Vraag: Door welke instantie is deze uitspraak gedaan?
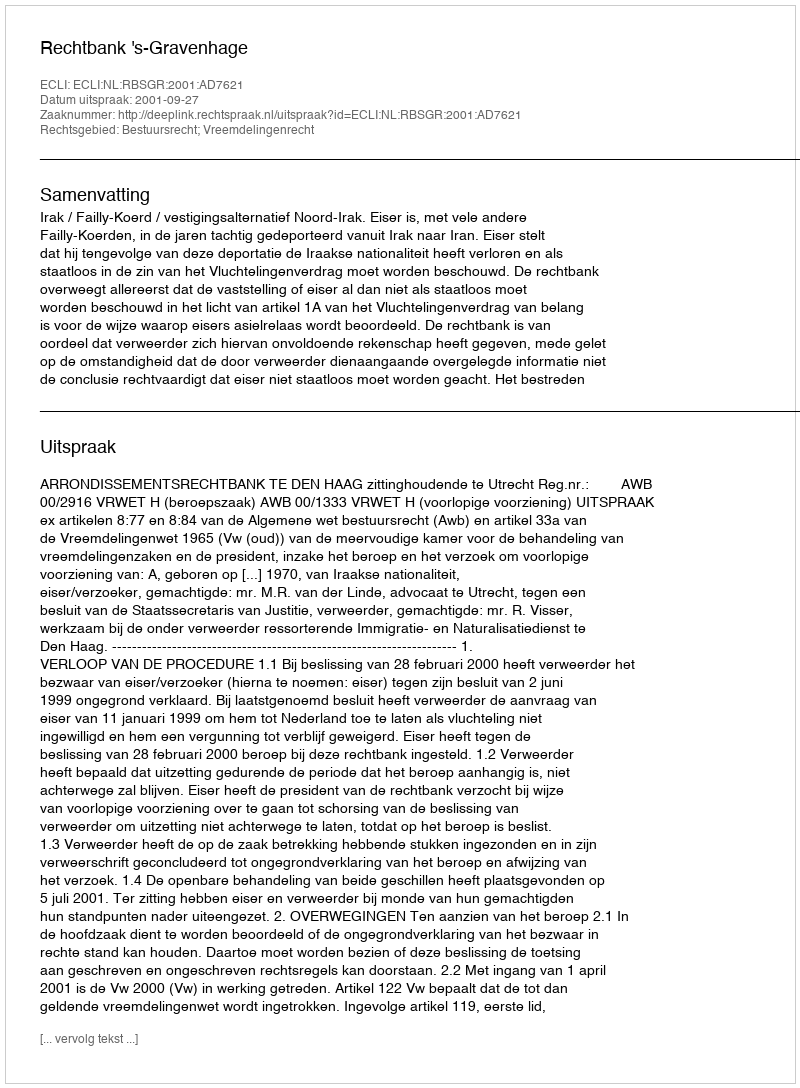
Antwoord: Rechtbank 's-Gravenhage